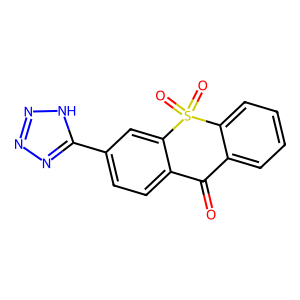
SMILES: O=C1c2ccccc2S(=O)(=O)c2cc(-c3nnn[nH]3)ccc21
Inhibits HIV replication: No